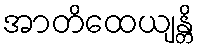
အာတိထေယျန္တိ